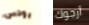
رودس أرجوك